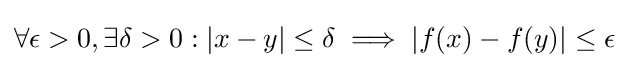
\forall \epsilon >0,\exists \delta >0:|x-y|\leq \delta \implies |f(x)-f(y)|\leq \epsilon